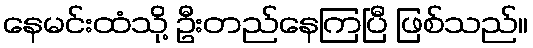
နေမင်းထံသို့ ဦးတည်နေကြပြီ ဖြစ်သည်။